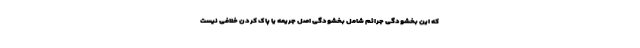
که این بخشودگی جرائم شامل بخشودگی اصل جریمه یا پاک کردن خلافی نیست